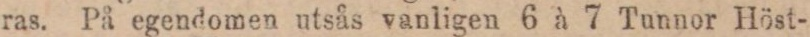
ras. På egendomen utsås vanligen 6 à 7 Tunnor Höst-